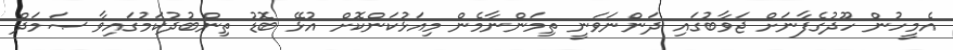
އެމީހުން ހޫދުގެފާނަށް ޖަވާބުގައި ދަންނަވަނީ ތިމަންނާމެން މިއަޅުކަންކޮށް އުޅޭ ބޮޑު ތިންބުދުކަމުގައިވާ ޞަމަދް